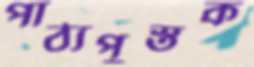
পাঠ্যপুস্তক